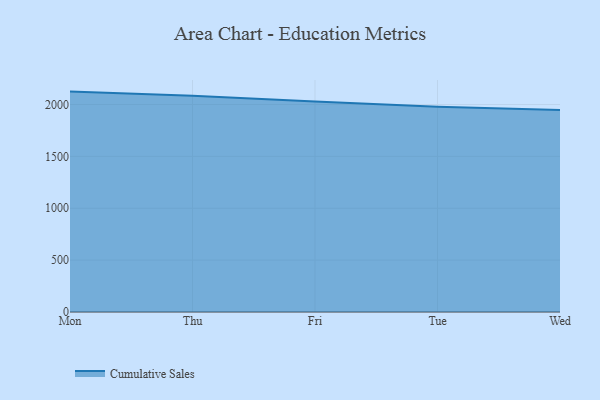
{"axis": {"x": "Day", "y": "Bounce Rate (%)"}, "legend": ["Cumulative Sales"], "data": [{"x": "Mon", "y": 2124.4, "type": "Cumulative Sales"}, {"x": "Thu", "y": 2084.5, "type": "Cumulative Sales"}, {"x": "Fri", "y": 2028.1, "type": "Cumulative Sales"}, {"x": "Tue", "y": 1977.2, "type": "Cumulative Sales"}, {"x": "Wed", "y": 1948.2, "type": "Cumulative Sales"}]}